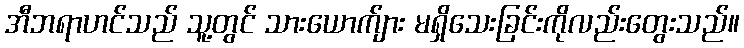
အီဘရာဟင်သည် သူ့တွင် သားယောက်ျား မရှိသေးခြင်းကိုလည်းတွေးသည်။